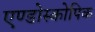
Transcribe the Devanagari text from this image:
एण्डोस्कोपिक